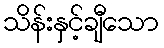
သိန်းနှင့်ချီသော